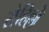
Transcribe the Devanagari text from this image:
रोहिल्लो